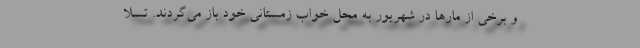
و برخی از مارها در شهریور به محل خواب زمستانی خود باز می‌گردند. تسلا